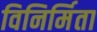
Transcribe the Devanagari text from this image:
विनिर्मिता